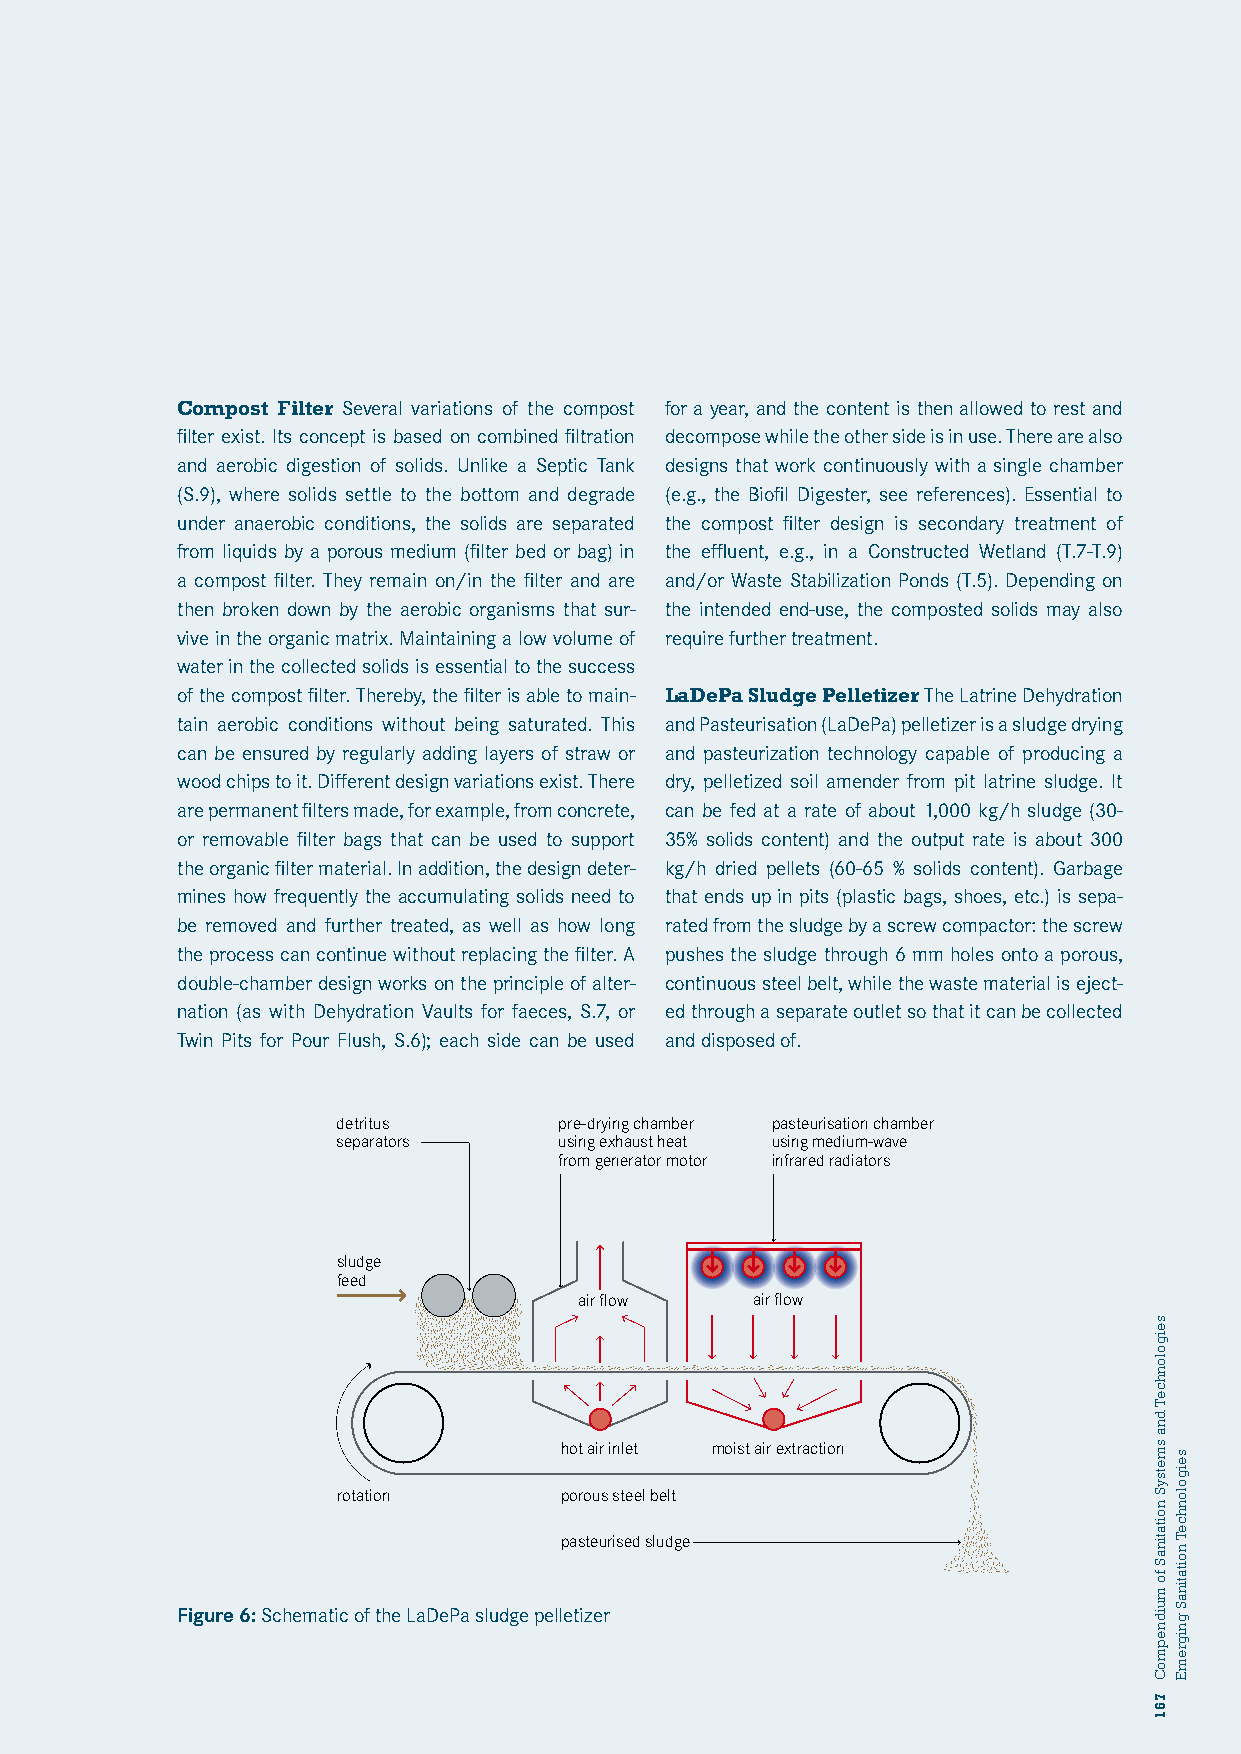
Compost Filter Several variations of the compost for a year, and the content is then allowed to rest and
 filter exist. Its concept is based on combined filtration decompose while the other side is in use. There are also
 and aerobic digestion of solids. Unlike a Septic Tank designs that work continuously with a single chamber
 (S.9), where solids settle to the bottom and degrade (e.g., the Biofil Digester, see references). Essential to
 under anaerobic conditions, the solids are separated the compost filter design is secondary treatment of
 from liquids by a porous medium (filter bed or bag) in the effluent, e.g., in a Constructed Wetland (T.7-T.9)
 a compost filter. They remain on/in the filter and are and/or Waste Stabilization Ponds (T.5). Depending on
 then broken down by the aerobic organisms that sur- the intended end-use, the composted solids may also
 vive in the organic matrix. Maintaining a low volume of require further treatment.
 water in the collected solids is essential to the success
 of the compost filter. Thereby, the filter is able to main- LaDePa Sludge Pelletizer The Latrine Dehydration
 tain aerobic conditions without being saturated. This and Pasteurisation (LaDePa) pelletizer is a sludge drying
 can be ensured by regularly adding layers of straw or and pasteurization technology capable of producing a
 wood chips to it. Different design variations exist. There dry, pelletized soil amender from pit latrine sludge. It
 are permanent filters made, for example, from concrete, can be fed at a rate of about 1,000 kg/h sludge (30-
 or removable filter bags that can be used to support 35% solids content) and the output rate is about 300
 the organic filter material. In addition, the design deter- kg/h dried pellets (60-65 % solids content). Garbage
 mines how frequently the accumulating solids need to that ends up in pits (plastic bags, shoes, etc.) is sepa-
 be removed and further treated, as well as how long rated from the sludge by a screw compactor: the screw
 the process can continue without replacing the filter. A pushes the sludge through 6 mm holes onto a porous,
 double-chamber design works on the principle of alter- continuous steel belt, while the waste material is eject-
 naUtiXon: L(aAs DwEitPh ADehydration Vaults for faeces, S.7, or ed through a separate outlet so that it can be collected
 Twin Pits for Pour Flush, S.6); each side can be used and disposed of.
 detritus       pre-drying chamber pasteurisation chamber
 separators     using exhaust heat using medium-wave
 from generator motor infrared radiators
 sludge
 feed
 air flow    air flow
 hot air inlet moist air extraction
 rotation       porous steel belt
 pasteurised sludge
 Figure 6: Schematic of the LaDePa sludge pelletizer
 seigolonhceT
 dna
 smetsyS
 noitatinaS
 fo
 muidnepmoC
 761
 seigolonhceT
 noitatinaS
 gnigremE